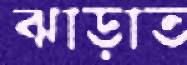
ঝাড়াত